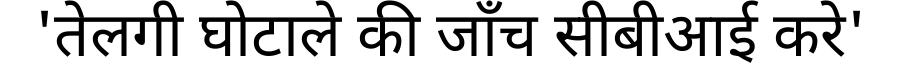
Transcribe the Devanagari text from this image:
'तेलगी घोटाले की जाँच सीबीआई करे'